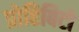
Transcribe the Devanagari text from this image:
प्रोहिबिटो